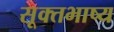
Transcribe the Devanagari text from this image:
सूक्तभाष्य